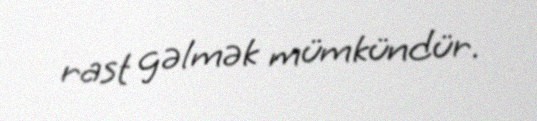
rast gəlmək mümkündür.